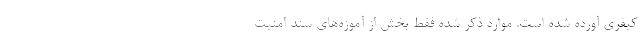
کیفری آورده شده است. موارد ذکر شده فقط بخش از آموزه‌های سند امنیت